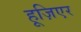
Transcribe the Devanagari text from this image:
हूज़िएर